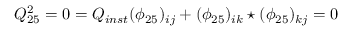
Q _ { 2 5 } ^ { 2 } = 0 = Q _ { i n s t } ( \phi _ { 2 5 } ) _ { i j } + ( \phi _ { 2 5 } ) _ { i k } \star ( \phi _ { 2 5 } ) _ { k j } = 0